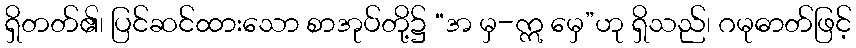
ရှိတတ်၏၊ ပြင်ဆင်ထားသော စာအုပ်တို့၌ “အ မှ-ဣ မှေ”ဟု ရှိသည်၊ ဂမုဓာတ်ဖြင့်